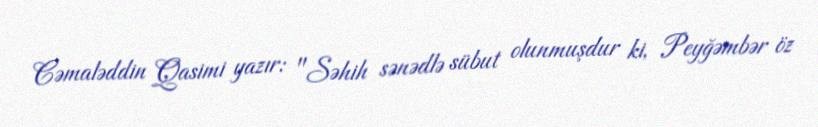
Cəmaləddin Qasimi yazır: "Səhih sənədlə sübut olunmuşdur ki, Peyğəmbər öz